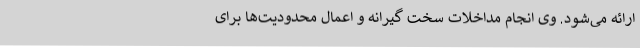
ارائه می‌شود. وی انجام مداخلات سخت گیرانه و اعمال محدودیت‌ها برای